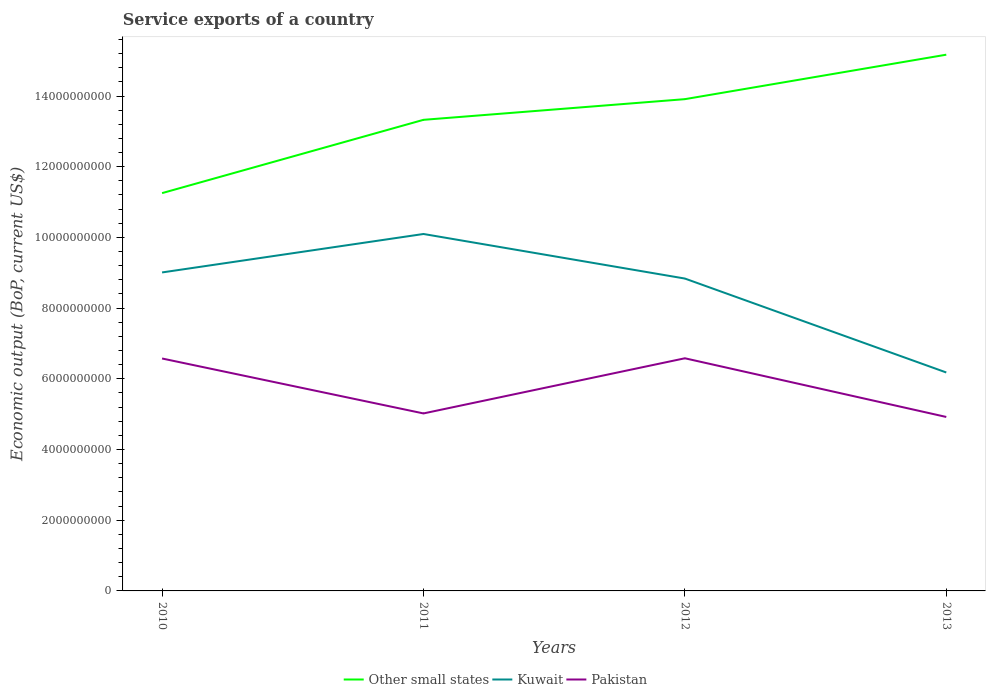
| Years | Other small states | Kuwait | Pakistan |
 | --- | --- | --- | --- |
 | 2010 | 1.13e+10 | 9.01e+09 | 6.58e+09 |
 | 2011 | 1.33e+10 | 1.01e+10 | 5.02e+09 |
 | 2012 | 1.39e+10 | 8.84e+09 | 6.58e+09 |
 | 2013 | 1.52e+10 | 6.18e+09 | 4.92e+09 |